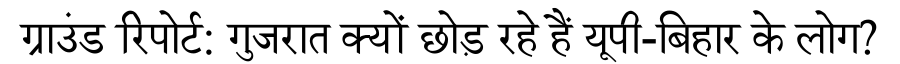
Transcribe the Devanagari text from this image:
ग्राउंड रिपोर्ट: गुजरात क्यों छोड़ रहे हैं यूपी-बिहार के लोग?